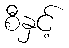
စီနှင့်